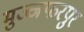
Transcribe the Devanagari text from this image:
मुज्जफरपुर